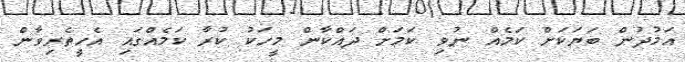
އަމުދުން ބަޔަކަށް ކަމެއް ނުވި ކަމަށް ދައްކާން މީހަކު ކުރާ ކަމެއްގައި އެހީތެރިވާން